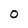
Character: O